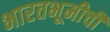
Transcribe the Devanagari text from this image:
भारतभूमीची